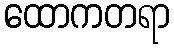
ထောကတရာ